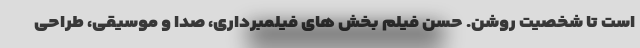
است تا شخصیت روشن. حسن فیلم بخش های فیلمبرداری، صدا و موسیقی، طراحی